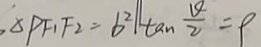
\Delta P F _ { 1 } F _ { 2 } = b ^ { 2 } \vert \vert \tan \frac { \theta } { 2 } = 9